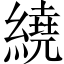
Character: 繞